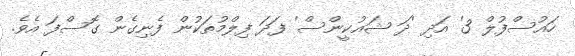
ހައުސްފުލް 3' އަދި 'ދަ ޝައުކީންސް' ފަދަ ފިލްމުތަކުން ފެނިގެން ގޮސްފަ އެވެ.